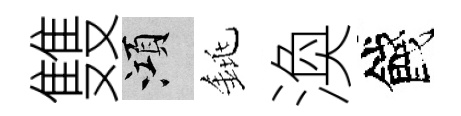
䨇澒銚渙餞